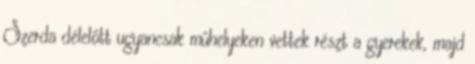
Szerda délelőtt ugyancsak műhelyeken vettek részt a gyerekek, majd